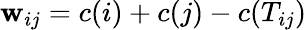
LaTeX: \mathbf{w}_{ij}=c(i)+c(j)-c(T_{ij})